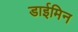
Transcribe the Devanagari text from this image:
डाईमिन